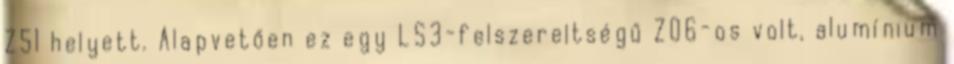
Z51 helyett. Alapvetően ez egy LS3-felszereltségű Z06-os volt, alumínium